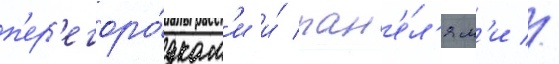
п'ер'егоро́дкам'и и́ пан'е́л'ям'и //